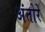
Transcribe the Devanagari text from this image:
अंतोरे